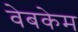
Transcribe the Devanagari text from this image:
वेबकेम